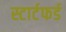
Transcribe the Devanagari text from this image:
स्टार्टफर्ड